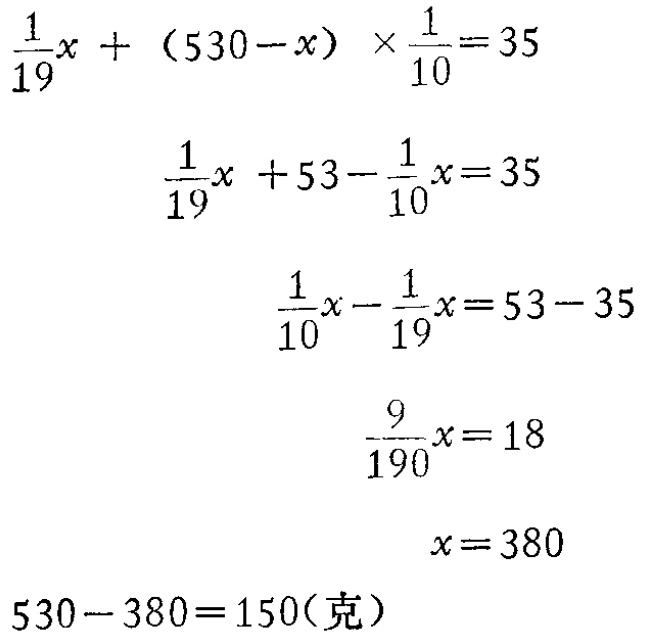
\[\begin{align*}

\frac{1}{19}x+(530 - x)\times\frac{1}{10}&=35\\

\frac{1}{19}x + 53-\frac{1}{10}x&=35\\

\frac{1}{10}x-\frac{1}{19}x&=53 - 35\\

\frac{9}{190}x&=18\\

x&=380\\

530 - 380&=150(\text{克})

\end{align*}\]